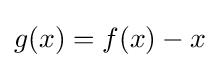
g(x)=f(x)-x